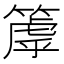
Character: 𥲉